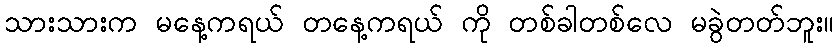
သားသားက မနေ့ကရယ် တနေ့ကရယ် ကို တစ်ခါတစ်လေ မခွဲတတ်ဘူး။